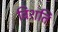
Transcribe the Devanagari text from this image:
विशति